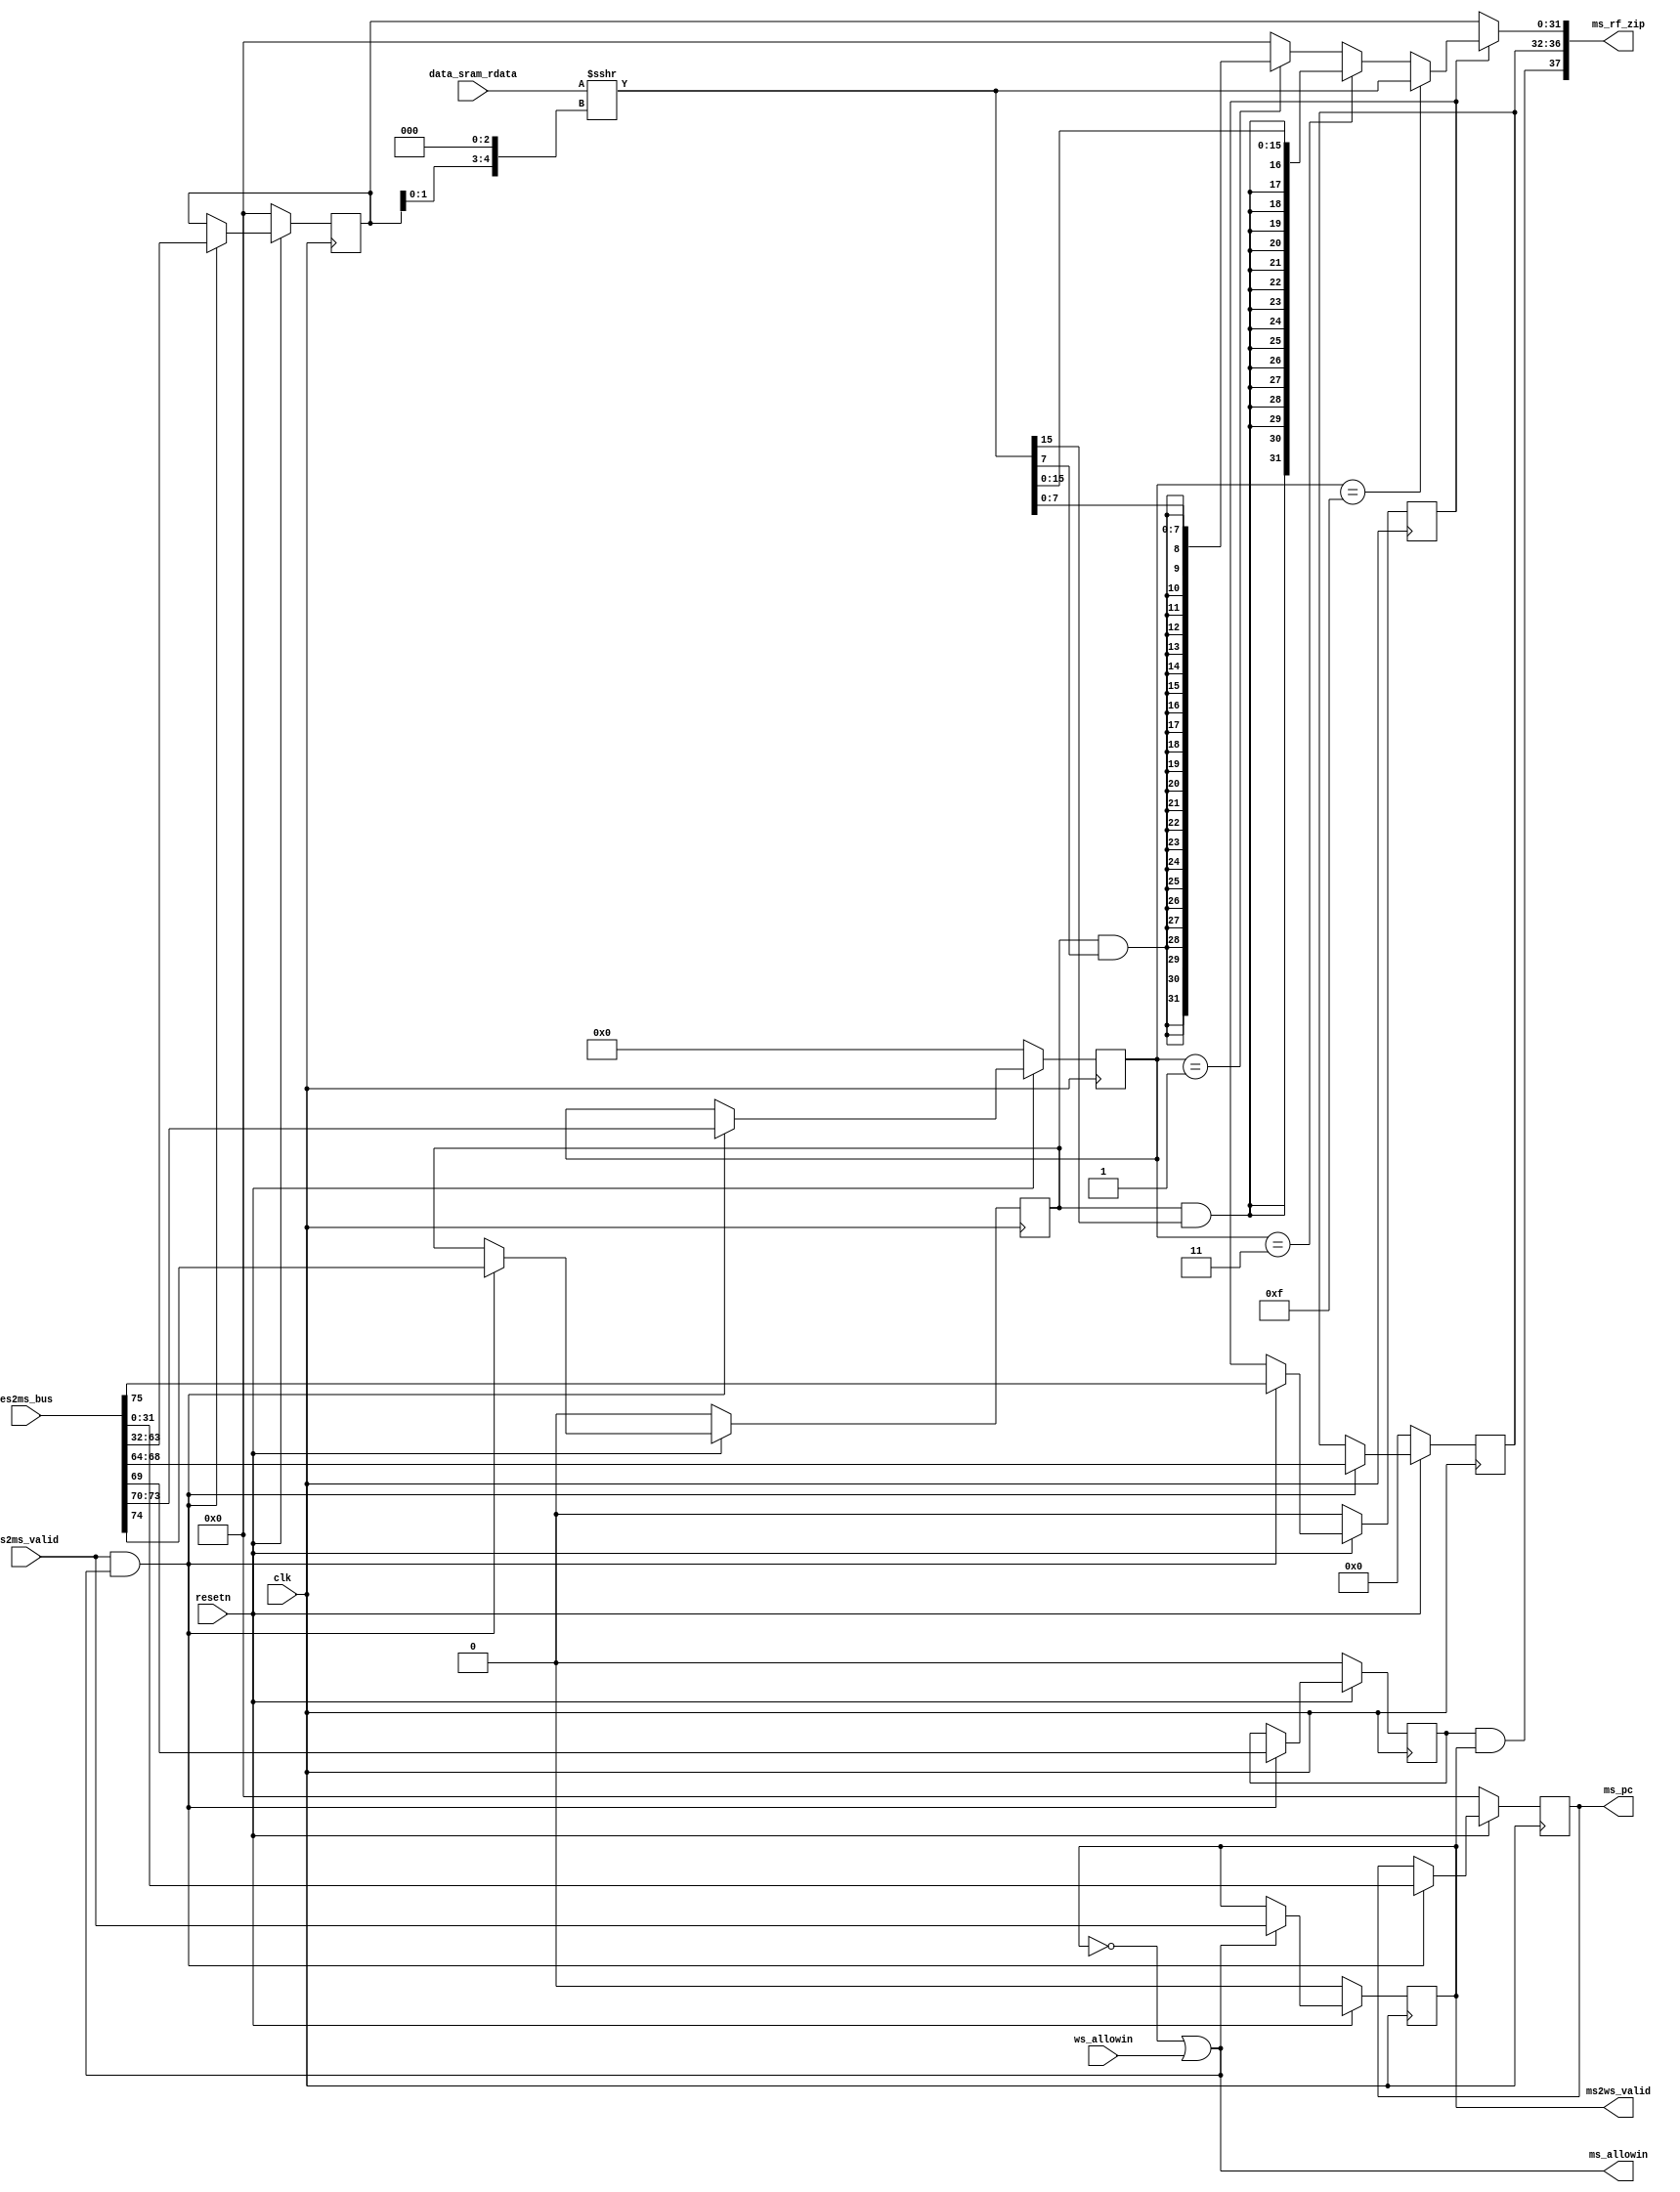
module MEMreg(
    input  wire        clk,
    input  wire        resetn,
    // ex and mem state interface
    output wire        ms_allowin,
    input  wire        es2ms_valid,
    input  wire [75:0] es2ms_bus,
    // mem and wb state interface
    output wire [37:0] ms_rf_zip,   // {mem_rf_we, mem_rf_waddr, mem_rf_wdata}
    output wire        ms2ws_valid,
    output reg  [31:0] ms_pc,    
    input  wire        ws_allowin,
    // data sram interface
    input  wire [31:0] data_sram_rdata
);
wire        ms_ready_go;
reg         ms_valid;

reg         ms_res_from_mem;
reg         ms_mem_re_s   ;
reg  [3 :0] ms_mem_re     ;
reg         ms_rf_we      ;
reg  [4 :0] ms_rf_waddr   ;
reg  [31:0] ms_alu_result ;


wire [31:0] ms_rf_wdata   ;
wire [31:0] ms_mem_result ;

wire [32:0] shift_sram_rdata;

//------------------------------state control signal---------------------------------------
    assign ms_ready_go     = 1'b1;
    assign ms_allowin      = ~ms_valid | ms_ready_go & ws_allowin;     
    assign ms2ws_valid  = ms_valid & ms_ready_go;
    always @(posedge clk) begin
        if(~resetn)
            ms_valid <= 1'b0;
        else if (ms_allowin)
            ms_valid <= es2ms_valid; 
    end


//------------------------------es and ms state interface---------------------------------------
always @(posedge clk) begin
    if(~resetn) begin
       {ms_res_from_mem,            //1  bit
        ms_mem_re_s,                //1  bit
        ms_mem_re,                  //4  bit
        ms_rf_we,                   //1  bit
        ms_rf_waddr,                //5  bit
        ms_alu_result,              //32 bit
        ms_pc                       //32 bit
    }<= 0;
    end else if(es2ms_valid & ms_allowin) begin
       {ms_res_from_mem,            //1  bit
        ms_mem_re_s,                //1  bit
        ms_mem_re,                  //4  bit
        ms_rf_we,                   //1  bit
        ms_rf_waddr,                //5  bit
        ms_alu_result,              //32 bit
        ms_pc                       //32 bit
       }<= es2ms_bus;
    end
end


//--------------------------data sram interface--------------------------
assign shift_sram_rdata = data_sram_rdata >>> {ms_alu_result[1:0], 3'b000}; //  ms_alu_result[1:0]<<3, 2,  2'b0.
assign ms_mem_result = ms_mem_re == 4'hf ? shift_sram_rdata
                     : ms_mem_re == 4'h3 ? {{16{ms_mem_re_s & shift_sram_rdata[15]}}, shift_sram_rdata[15:0]}
                     : ms_mem_re == 4'h1 ? {{24{ms_mem_re_s & shift_sram_rdata[ 7]}}, shift_sram_rdata[ 7:0]}
                     : 32'b0;
                    


//--------------------------ms and ws state--------------------------
assign ms_rf_wdata = ms_res_from_mem ? ms_mem_result : ms_alu_result;
assign ms_rf_zip  = {ms_rf_we & ms_valid, ms_rf_waddr, ms_rf_wdata};


endmodule